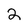
Character: 2